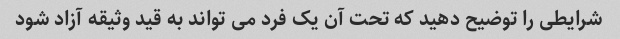
شرایطی را توضیح دهید که تحت آن یک فرد می تواند به قید وثیقه آزاد شود